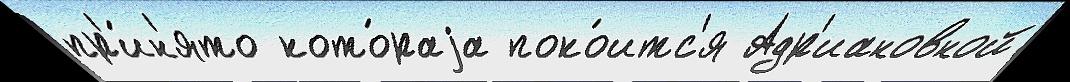
пр'и́н'ято кото́раjа поко́итс'я Адр'иановной